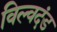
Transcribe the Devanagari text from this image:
विल्वदंड